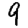
Digit: 9